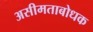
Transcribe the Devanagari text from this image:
असीमताबोधक